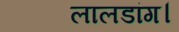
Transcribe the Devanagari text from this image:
लालडांग।